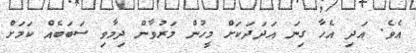
އެވެ. އަދި އެހާ ގިނަ އަދަދަކަށް މީހުން މަރުވާން ދިމާވި ސަބަބެއް ކަމަށް